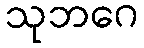
သုဘဂေ